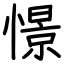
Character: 憬